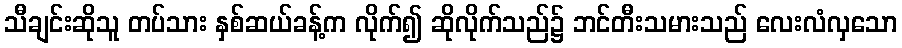
သီချင်းဆိုသူ တပ်သား နှစ်ဆယ်ခန့်က လိုက်၍ ဆိုလိုက်သည်၌ ဘင်တီးသမားသည် လေးလံလှသော